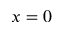
x = 0